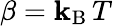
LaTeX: \beta=\mathbf{k}_{\mathrm{{B}}}\, T